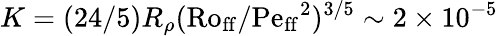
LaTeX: K=(24/5)R_{\rho}(\mathrm{Ro_{ff}}/\mathrm{Pe_{ff}}^{2})^{3/5}\sim 2\times 10^{-5}